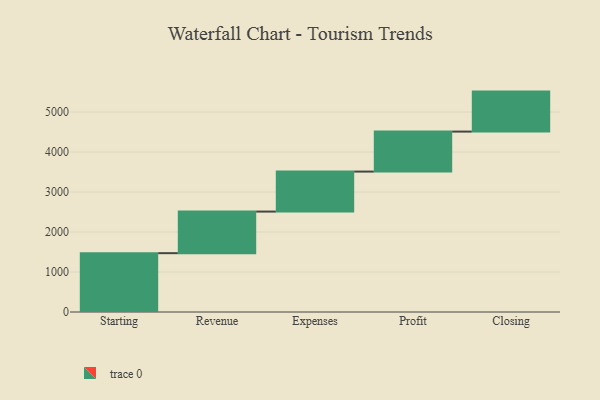
{"axis": {"x": "Step", "y": "Value"}, "legend": [""], "data": [{"x": "Starting", "y": 1471.0, "type": ""}, {"x": "Revenue", "y": 1040.0, "type": ""}, {"x": "Expenses", "y": 1000, "type": ""}, {"x": "Profit", "y": 1000, "type": ""}, {"x": "Closing", "y": 1000, "type": ""}]}